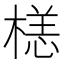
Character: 𣗹